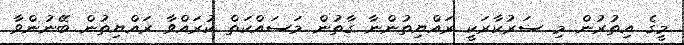
މީގެ އިތުރުން މި ސަރުކާރަކީ ރައްޔިތުންނާ ގާތުން މަސައްކަތް ކުރައްވާ ރަައްޔިތުން ބޭނުންވާ